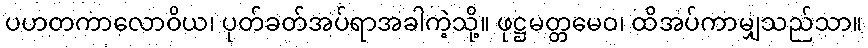
ပဟတကာလောဝိယ၊ ပုတ်ခတ်အပ်ရာအခါကဲ့သို့။ ဖုဋ္ဌမတ္တမေဝ၊ ထိအပ်ကာမျှသည်သာ။